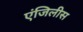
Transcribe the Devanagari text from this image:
एंजिलीस